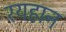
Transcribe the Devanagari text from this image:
रयहान